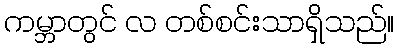
ကမ္ဘာတွင် လ တစ်စင်းသာရှိသည်။